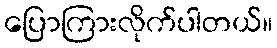
ပြောကြားလိုက်ပါတယ်။